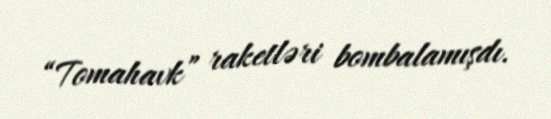
“Tomahavk” raketləri bombalamışdı.